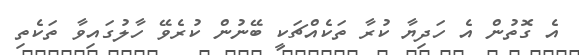
އެ ގޮތުން އެ ހަދިޔާ ކުރާ ތަކެއްޗަކީ ބޭނުން ކުރެވޭ ހާލުގައިވާ ތަކެތި